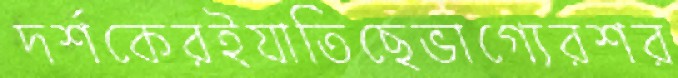
দর্শকেরইযাতিছেভাগ্যেরশর